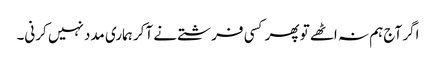
اگر آج ہم نہ اٹھے تو پھر کسی فرشتے نے آکر ہماری مدد نہیں کرنی۔